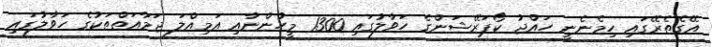
އޭގެތެރޭގައި ހިމެނެނީ ހައްޖު ކޯޕަރޭޝަންގެ ހަވާލުގައި 1300 މީހުންނާއި އަމިއްލަ ޖަމާއަތްތަކުގެ ހަވާލުގައި